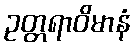
ဥတ္တရာဝိမာနံ